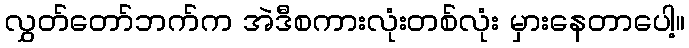
လွှတ်တော်ဘက်က အဲဒီစကားလုံးတစ်လုံး မှားနေတာပေါ့။